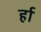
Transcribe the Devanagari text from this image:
र्हा